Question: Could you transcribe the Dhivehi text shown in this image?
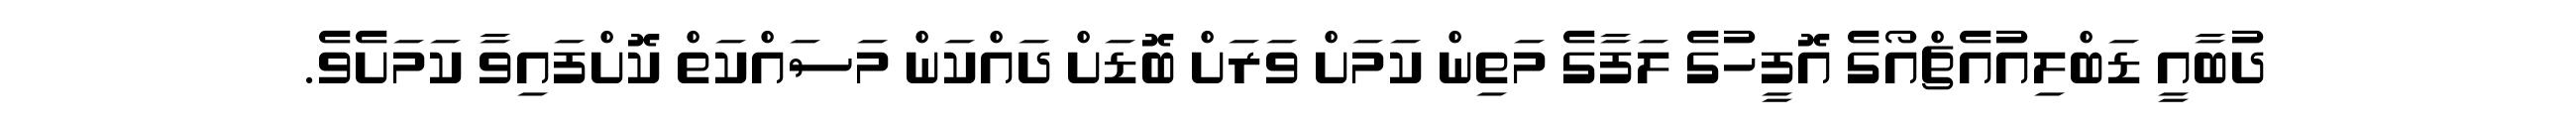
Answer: ދުބާއީ ޑަބްލިއުއެޗްއޯގެ އޮފީހުގެ ލަފާގެ މަތިން ކަމަށް ވަރަށް ބޮޑަށް ދައްކަން މަސައްކަތް ކޮށްފައިވާ ކަމަށެވެ.